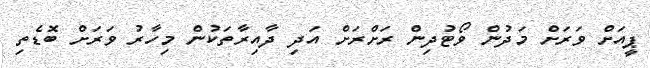
ޕީއަށް ވަރަށް މަދުން ވޯޓުދިން ރަށްރަށް އަދި ދާއިރާތަކުން މިހާރު ވަރަށް ބޮޑެތި